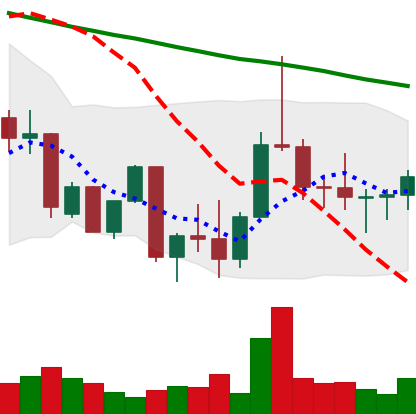
Ticker: DOGE-USD
Chart end date: 2022-09-30
Forward return: 4.999%
Label: up_3_5